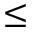
\leq